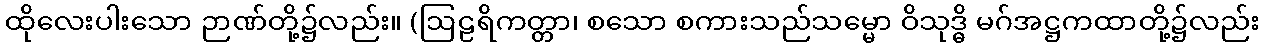
ထိုလေးပါးသော ဉာဏ်တို့၌လည်း။ (ဩဠရိကတ္တာ၊ စသော စကားသည်သမ္မော ဝိသုဒ္ဓိ မဂ်အဋ္ဌကထာတို့၌လည်း